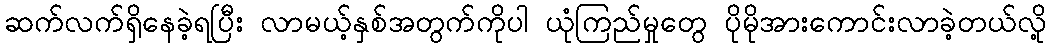
ဆက်လက်ရှိနေခဲ့ရပြီး လာမယ့်နှစ်အတွက်ကိုပါ ယုံကြည်မှုတွေ ပိုမိုအားကောင်းလာခဲ့တယ်လို့